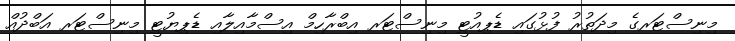
މިނިސްޓަރގެ މިދަތުރު ފުޅުގައި ޑެޕިއުޓީ މިނިސްޓަރ އިބްރާހިމް އިސްމާއިލާއި ޑެޕިޔުޓީ މިނިސްޓަރ އަބްދުއް